Lunatic asylums in Bengal annual reports 1912-1924 - 1912-1924
Year: 1912
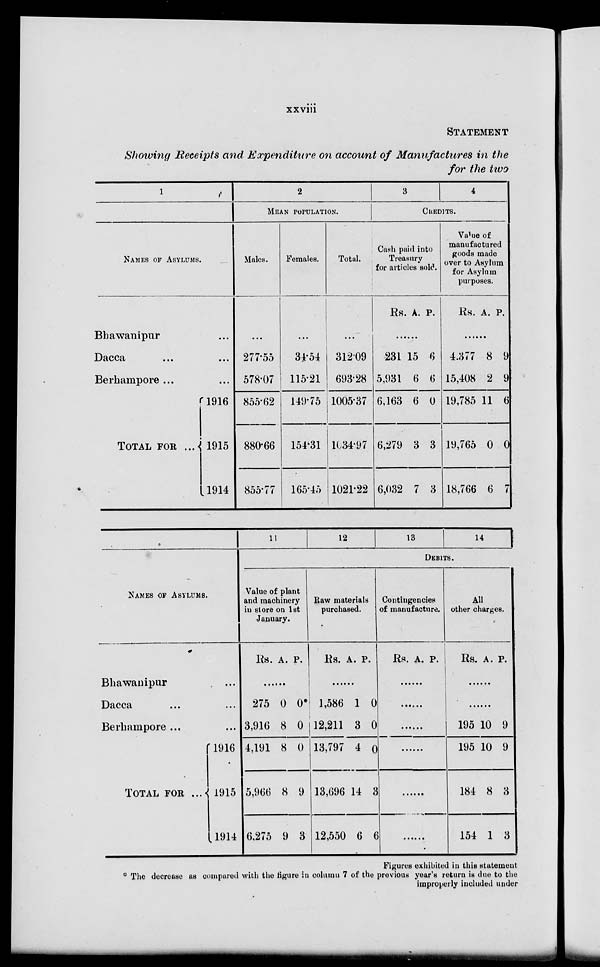
xxviii
STATEMENT
Showing Receipts and Expenditure on account of Manufactures in the
for the two
1
NAMES OF ASYLUMS.
Bhawanipur ...
Dacca
...
...
Berhampore ...
TOTAL FOR ...
1916
1915
1914
2
MEAN POPULATION.
Males.
...
277.55
578.07
855.62
880.66
855.77
Females.
...
34.54
115.21
149.75
154.31
165.45
Total.
...
312.09
693.28
1005.37
1634.97
1021.22
3
4
CREDITS.
Cash paid into
Treasury
for articles sold.
Rs. A. P.
......
231
5,931
6,163
6,279
6,032
15
6
6
3
7
6
6
0
3
3
Value of
manufactured
goods made
over to Asylum
for Asylum
purposes.
Rs. A. P.
......
4.377
15,408
19,785
19,765
18,766
8
2
11
0
6
9
9
6
0
7
NAMES OF ASYLUMS.
Bhawanipur ...
Dacca ...
Berhampore ...
TOTAL FOR ...
1916
1915
1914
11
12
13
14
DEBITS.
Value of plant
and machinery
in store on 1st
January.
Rs. A. P.
......
275
3,916
4,191
5,966
6,275
0
8
8
8
9
0*
0
0
9
3
Raw materials
purchased.
Rs. A. P.
......
1,586
12,211
13,797
13,696
12,550
1
3
4
14
6
0
0
0
3
6
Contingenciess
of manufacture.
Rs. A.
P.
......
......
......
......
......
......
All
other charges.
Rs. A. P.
......
......
195
195
184
154
10
10
8
1
9
9
3
3
Figures exhibited in this statement
* The decrease as compared with the figure in column 7 of the previous year's return is due to the
improperly included under